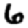
Digit: 6